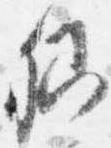
卿